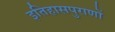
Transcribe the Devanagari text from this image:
इतिहासपुराणों